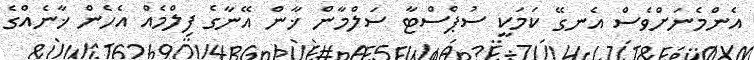
އެންމެނަށްވެސް އެނގޭ ކަމަކީ ސުޕްސްޓާ ސަލްމާން ޚާން އޭނާގެ ފިލްމެއް އެހެން ޚާނެއްގެ